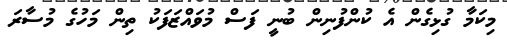
މިކަމާ ގުޅިގެން އެ ކުންފުނިން ބުނީ ފަސް މުވައްޒަފަކު ތިން މަހުގެ މުސާރަ